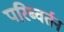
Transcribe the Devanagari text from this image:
परिब्वर्तन